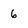
Character: 6